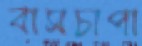
বাসচাপা